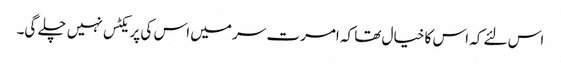
اس لئے کہ اس کا خیال تھا کہ امرت سر میں اس کی پریکٹس نہیں چلے گی۔